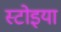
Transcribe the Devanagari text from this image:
स्टोइया